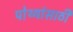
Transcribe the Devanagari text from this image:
पोथ्यांसाठी